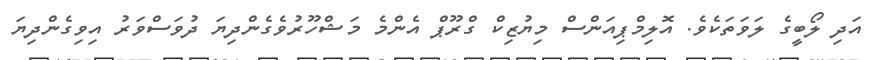
އަދި ލޯބީގެ ލަވަތަކެވެ. އޮލިމްޕިއަންސް މިޔުޒިކް ގްރޫޕް އެންމެ މަޝްހޫރުވެގެންދިޔަ ދުވަސްވަރު އިވިގެންދިޔަ